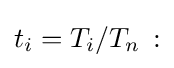
t_{i}=T_{i}/T_{n}\,: